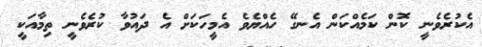
އެކުރެވެނީ ކޮން ކަމެއްކަން އެނގޭ ހެއްޔެވެ އެމީހަކަށް އެ ދައުވާ ކުރެވެނީ ތިމާއަކީ